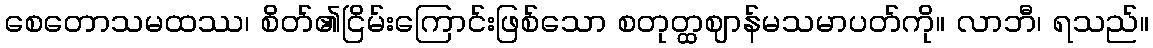
စေတောသမထဿ၊ စိတ်၏ငြိမ်းကြောင်းဖြစ်သော စတုတ္ထဈာန်မသမာပတ်ကို။ လာဘီ၊ ရသည်။